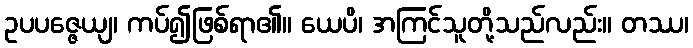
ဥပပဇ္ဇေယျ၊ ကပ်၍ဖြစ်ရာ၏။ ယေပိ၊ အကြင်သူတို့သည်လည်း။ တဿ၊